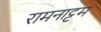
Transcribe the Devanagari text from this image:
रामनाट्ट्म